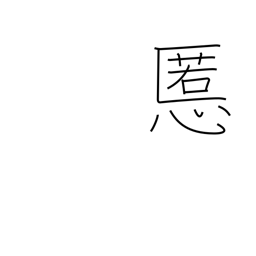
Meaning: evil